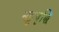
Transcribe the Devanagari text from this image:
भट्टवृद्धि